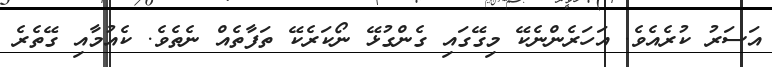
އަސަރު ކުރެއެވެ. އަހަރެންނެކޭ މިގޭގައި ގެންގުޅޭ ނޯކަރެކޭ ތަފާތެއް ނެތެވެ. ކެއުމާއި ގޭތެރެ